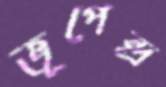
ভূপেন্দ্র